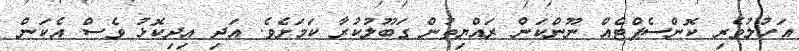
އަހުލުވެރި ކޮންސެޕްޓެއް ނޫންކަން ރައްޔިތުން ގަބޫލުކުރާ ކަމަށެވެ. އަދި އިދިކޮޅު ވެސް އެކަން